Tartu_linnavalitsus, lk 26
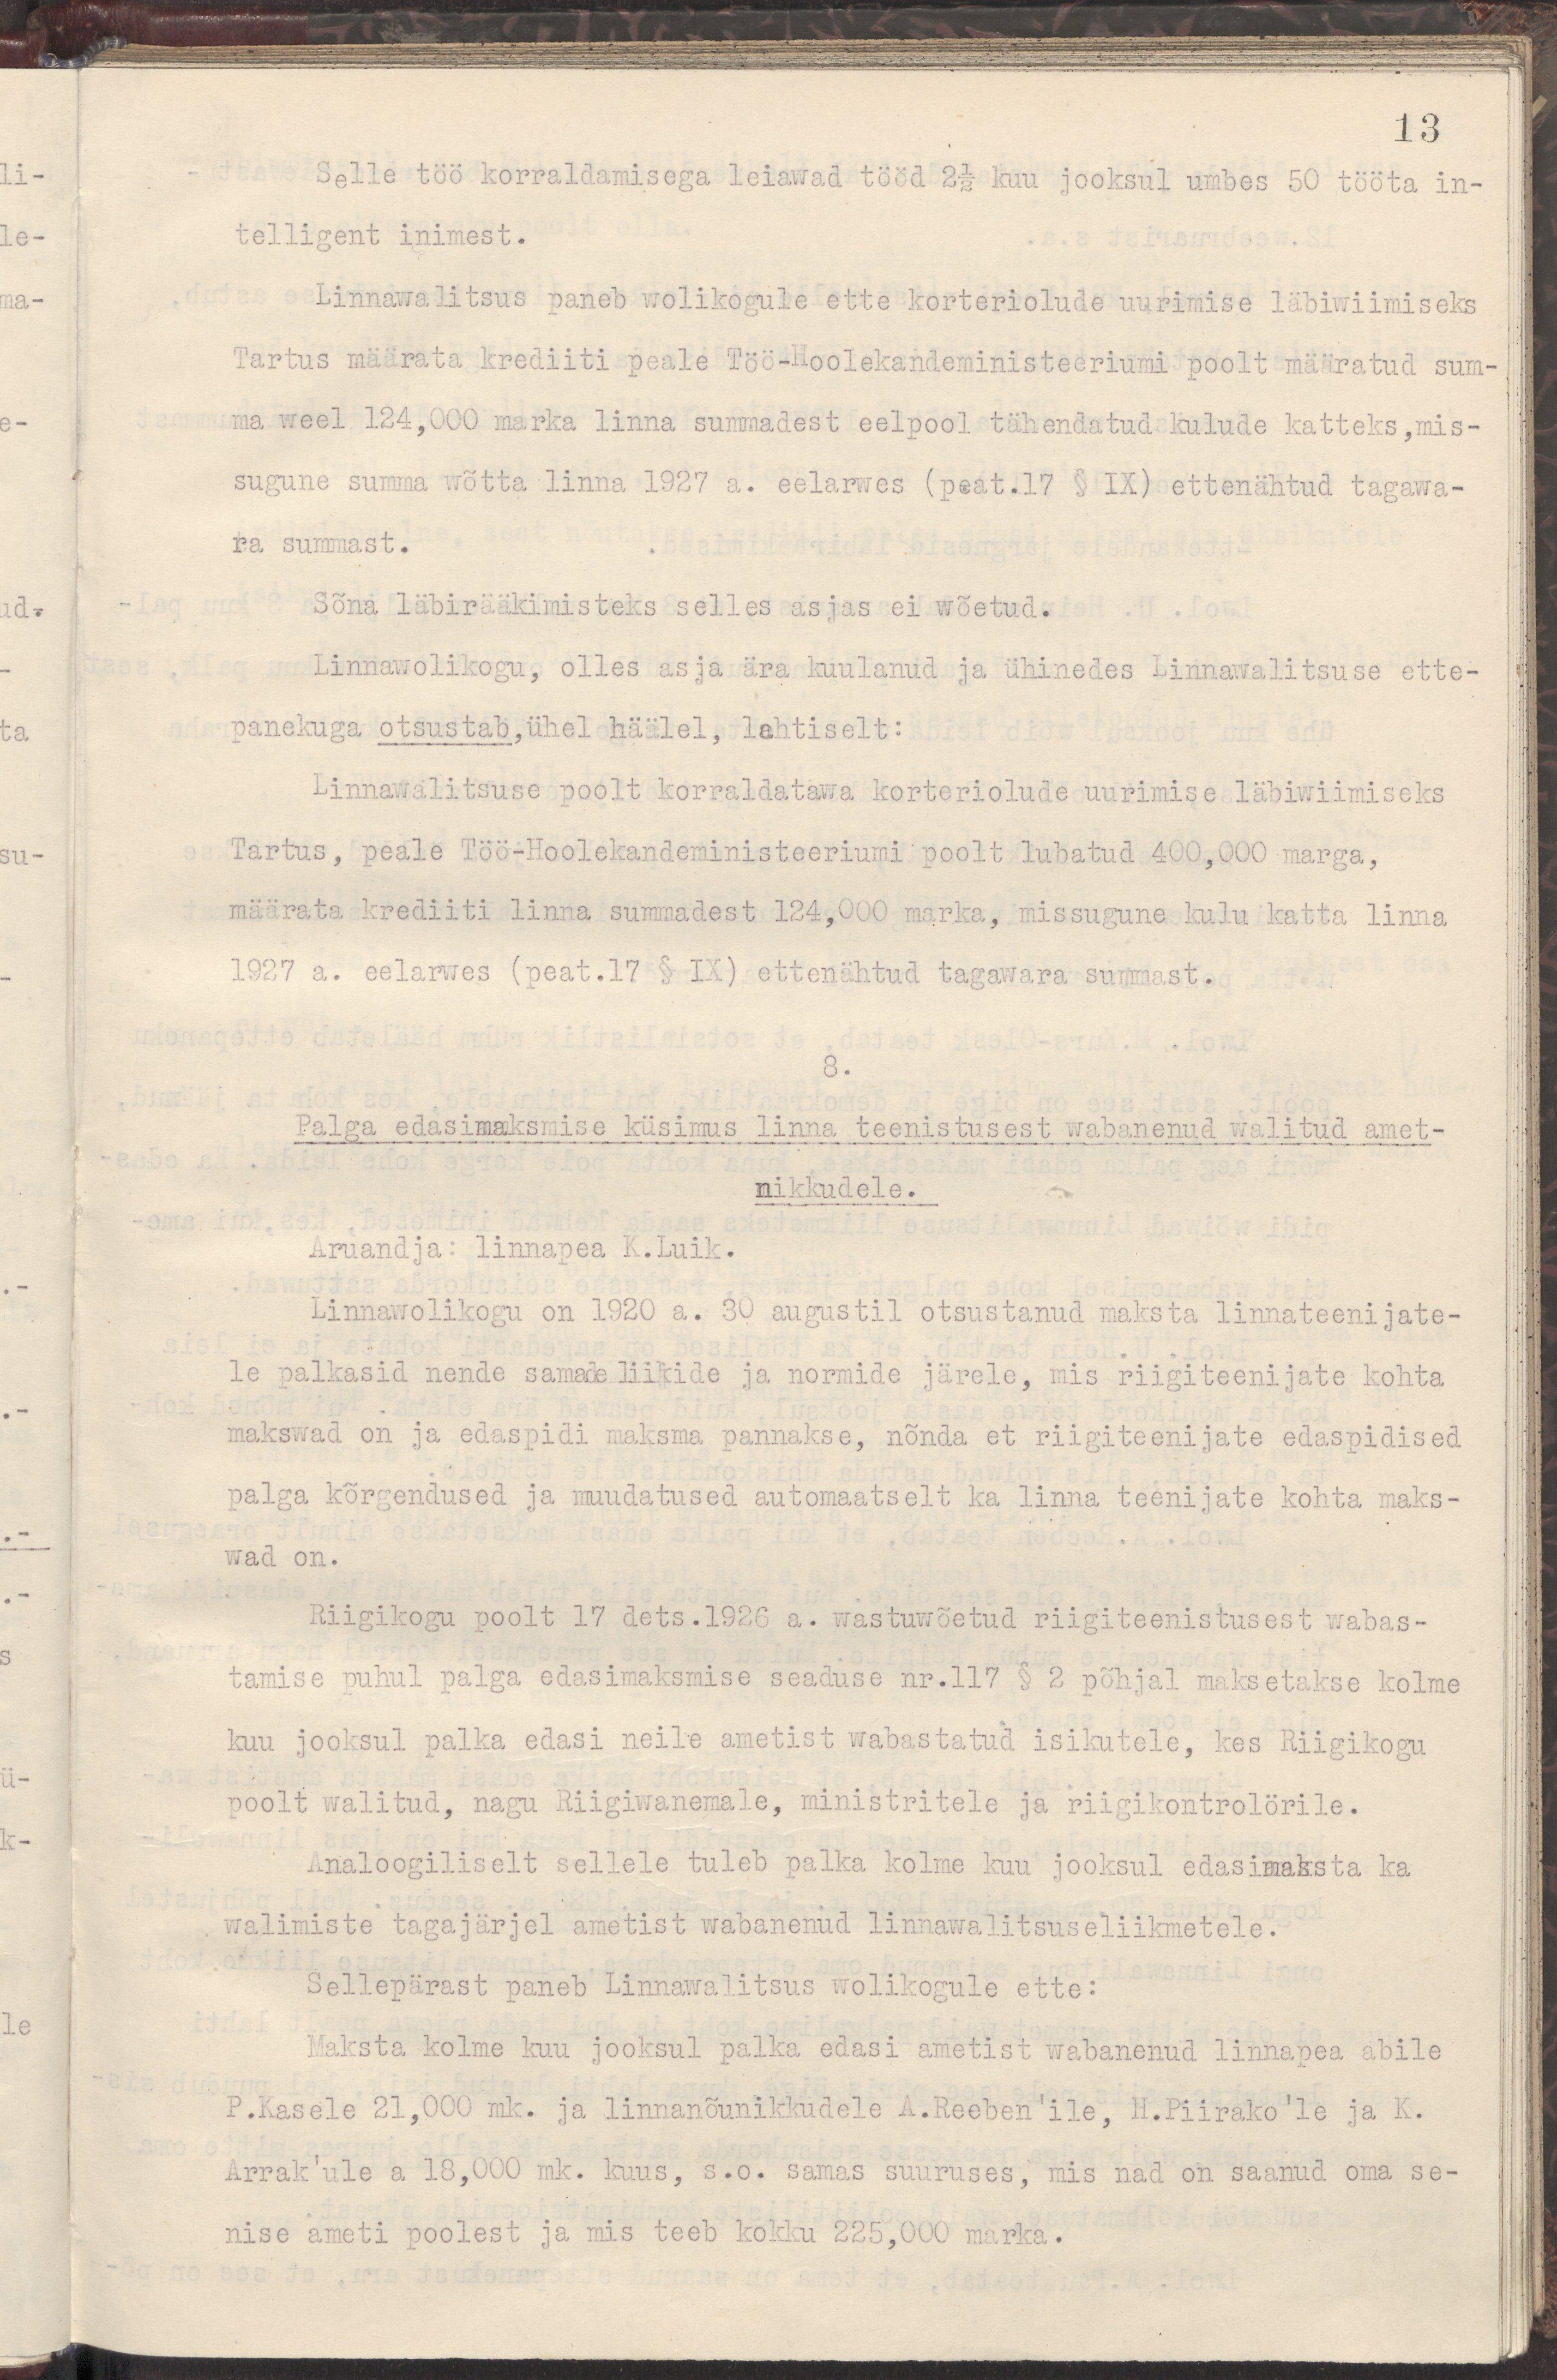
13
Selle töö korraldamisega leiawad tööd 2 1/2 kuu jooksul umbes 50 tööta in-
telligent inimest.
Linnawalitsus paneb wolikogule ette korteriolude uurimise läbiwiimiseks
Tartus määrata krediiti peale Töö-Hoolekandeministeeriumi poolt määratud sum-
ma weel 124,000 marka linna summadest eelpool tähendatud kulude katteks, mis-
sugune summa wõtta linna 1927 a. eelarwes (peat.17 § IX) ettenähtud tagawa-
ra summast.
Sõna läbirääkimisteks selles asjas ei wõetud.
Linnawolikogu, olles asja ära kuulanud ja ühinedes Linnawalitsuse ette-
panekutega otsustab, ühel häälel, lahtiselt:
Linnawalitsuse poolt korraldatawa korteriolude uurimise läbiwiimiseks
Tartus, peale Töö-Hoolekandeministeeriumi poolt lubatud 400,000 marga,
määrata krediiti linna summadest 184,000 marka, missugune kulu katta linna
1927 a. eelarwes (peat.17 § IX) ettenähtud tagawara summast.
8.
Palga edasimaksmise küsimus linna teenistusest wabanenud walitud amet-
nikkudele.
Aruandja: linnapea K.Luik.
Linnawolikogu on 1920 a. 30 augustil otsustanud maksta linnateenijate-
le palkasid nende samade liikide ja normide järele, mis riigiteenijate kohta
makswad on ja edaspidi maksma pannakse, nõnda et riigiteenijate edaspidised
palga kõrgendused ja muudatused automaatselt ka linna teenijate kohta maks-
wad on.
Riigikogu poolt 17 dets.1926 a. wastuwõetud riigiteenistusest wabas-
tamise puhul palga edasimaksmise seadus nr.117 § 2 põhjal maksetakse kolme
kuu jooksul palka edasi neile ametist wabastatud isikutele, kes Riigikogu
poolt walitud, nagu Riigiwanemale, ministritele ja riigikontrolörile.
Analoogiliselt sellele tuleb palka kolme kuu jooksul edasimaksta ka
walimiste tagajärjel ametist wabanenud linnawalitsuseliikmetele.
Sellepärast paneb Linnawalitsus wolikogule ette:
Maksta kolme kuu jooksul palka edasi ametist wabanenud linnapea abile
P.Kasele 21,000 mk. ja linnanõunikkudele A.Reeben'ile, H.Piirako'le ja K.
Arrak'ule a 18,000 mk. kuus, s.o samas suuruses, mis nad on saanud oma se-
nise ameti poolest ja mis teeb kokku 225,000 marka.